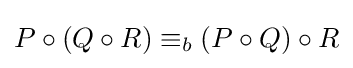
P\circ (Q\circ R)\equiv _{b}(P\circ Q)\circ R